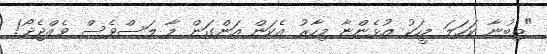
"ތިބުނާ ކަހަލަ މީހަކު އުޅެންޏާ މިހާރު އެކަން އަންގަން މާ ލަސްވެސް ވެއްޖެދޯ!